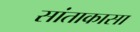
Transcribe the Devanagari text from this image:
सांताकासा